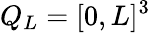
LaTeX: Q_{L}=[0,L]^{3}